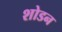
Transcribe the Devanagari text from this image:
शोडन